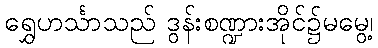
ရွှေဟင်္သာသည် ဒွန်းစဏ္ဍားအိုင်၌မမွေ့၊